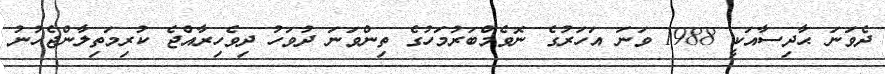
ދެވަނަ ޙާދިސާއަކީ 1988 ވަނަ އަހަރުގެ ނޮވެމްބަރުމަހުގެ ތިންވަނަ ދުވަހު ދިވެހިރާއްޖެ ކުރިމަތިލާންޖެހުނު